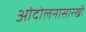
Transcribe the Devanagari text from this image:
आंदोलनासारखी